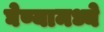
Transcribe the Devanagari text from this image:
घेण्यामध्ये